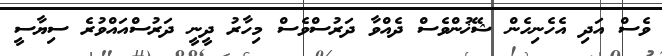
ވެސް އަދި އެހެނިހެން ޝޭޚުންވެސް ދެއްވާ ދަރުސްވެސް މިހާރު ދީނީ ދަރުސްއައްވުރެ ސިޔާސީ